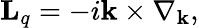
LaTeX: {\mathbf L}_{q}=-i{\mathbf k}\times\nabla_{\mathbf k},